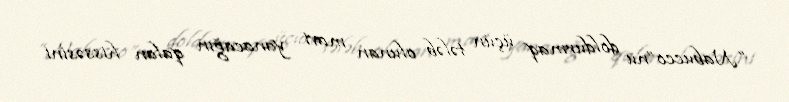
“Nabucco”nu doldurmaq üçün tələb olunan mavi yanacağın qalan hissəsini